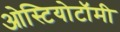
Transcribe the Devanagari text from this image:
ओस्टियोटॉमी